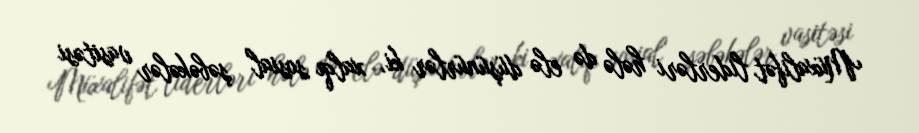
Müxalifət liderləri hələ də elə düşünürlər ki, xalqı sosial şəbəkələr vasitəsi